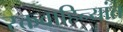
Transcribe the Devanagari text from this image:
रक्तवाहिन्यांत